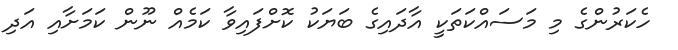
ހެކަރުންގެ މި މަސައްކަތަކީ އާދައިގެ ބަޔަކު ކޮށްފައިވާ ކަމެއް ނޫން ކަމަށާއި އަދި